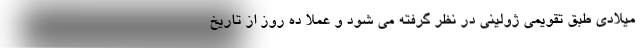
میلادی طبق تقویمی ژولینی در نظر گرفته می شود و عملاً ده روز از تاریخ